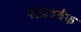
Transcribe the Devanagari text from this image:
फ्लाइबैक